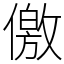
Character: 儌